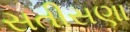
સતીસણા